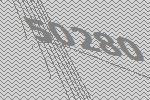
50280